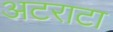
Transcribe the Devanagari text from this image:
अटराटा